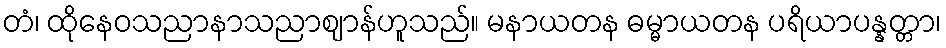
တံ၊ ထိုနေဝသညာနာသညာဈာန်ဟူသည်။ မနာယတန ဓမ္မာယတန ပရိယာပန္နတ္တာ၊